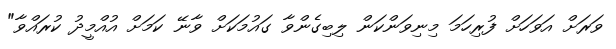
ވަރަށް އަވަހަށް ފުރިހަމަ މިނިވަންކަން ލިބިގެންވާ ގައުމަކަށް ވާނޭ ކަމަށް އުއްމީދު ކުރައްވާ"